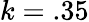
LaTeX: k=.35